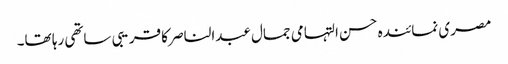
مصری نمائندہ حسن التہامی جمال عبدالناصر کا قریبی ساتھی رہا تھا۔